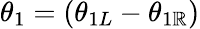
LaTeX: \theta_{1}=(\theta_{1L}-\theta_{1\mathbb{R}})